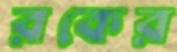
রকের